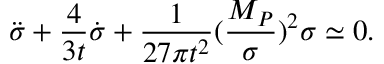
\ddot { \sigma } + \frac 4 { 3 t } \dot { \sigma } + \frac 1 { 2 7 \pi t ^ { 2 } } ( \frac { M _ { P } } \sigma ) ^ { 2 } \sigma \simeq 0 .